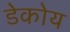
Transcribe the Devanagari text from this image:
डेकोय